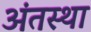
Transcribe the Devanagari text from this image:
अंंतस्था